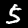
Label: 5